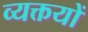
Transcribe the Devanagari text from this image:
व्यक्तयों